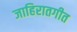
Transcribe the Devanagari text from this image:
जाहिरातगीत